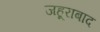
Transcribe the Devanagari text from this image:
जहूराबाद